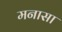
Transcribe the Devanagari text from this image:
मनासा